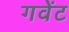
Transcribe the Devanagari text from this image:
गवेंट